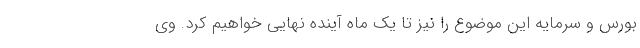
بورس و سرمایه این موضوع را نیز تا یک ماه آینده نهایی خواهیم کرد. وی